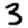
Digit: 3